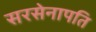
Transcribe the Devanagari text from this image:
सरसेनापति